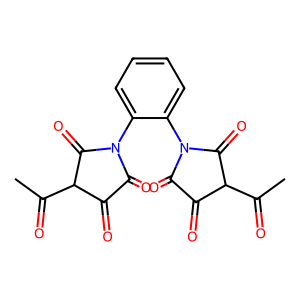
SMILES: CC(=O)C1C(=O)C(=O)N(c2ccccc2N2C(=O)C(=O)C(C(C)=O)C2=O)C1=O
Inhibits HIV replication: No